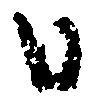
日